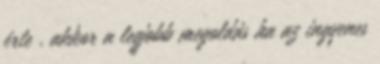
érte , akkor a legjobb megoldás ha az ingyenes